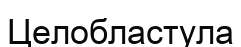
Целобластула